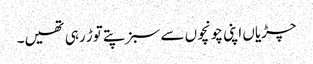
چڑیاں اپنی چونچوں سے سبز پتے توڑ رہی تھیں۔